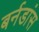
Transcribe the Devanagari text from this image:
बर्नडांस